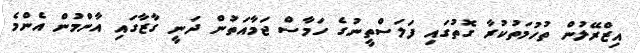
އިޒްރޭލުން ތުހުމަތުކުރާ ގޮތުގައި ފަލަސްތީނުގެ ހަމާސް ޖަމާއަތުން ދަނީ ގާޒާގައި އާންމުން އެންމެ